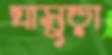
ঘাসুড়া